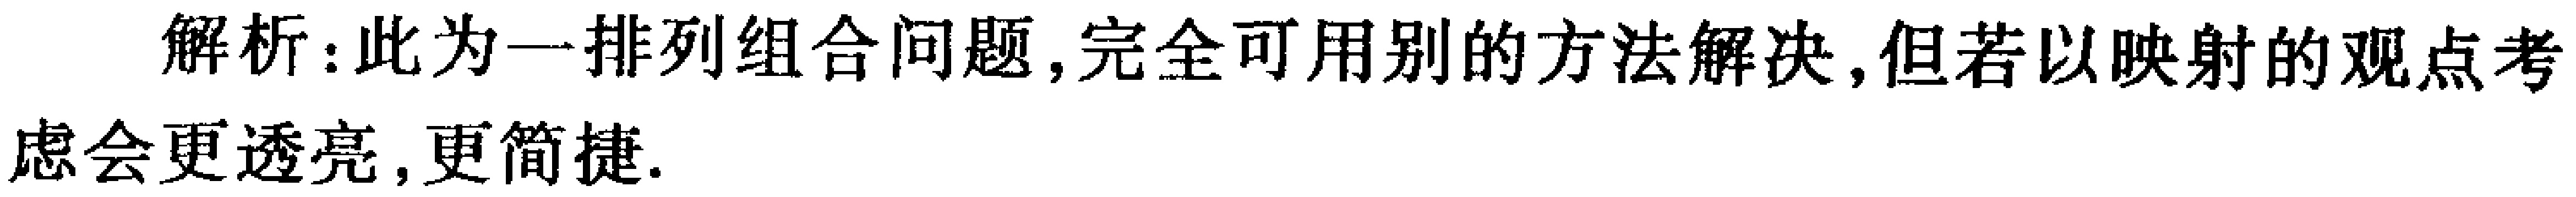
解析：此为一排列组合问题,完全可用别的方法解决,但若以映射的观点考虑会更透亮,更简捷.